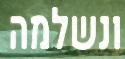
ונשלמה